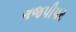
ગજપીપર